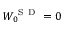
W _ { 0 } ^ { \mathrm { ~ S ~ D ~ } } = 0